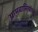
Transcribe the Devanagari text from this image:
ग्रामवासियांच्या